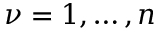
\nu = 1 , \dots , n